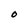
Character: O